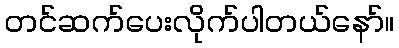
တင်ဆက်ပေးလိုက်ပါတယ်နော်။